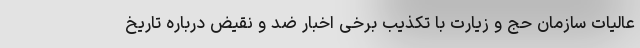
عالیات سازمان حج و زیارت با تکذیب برخی اخبار ضد و نقیض درباره تاریخ